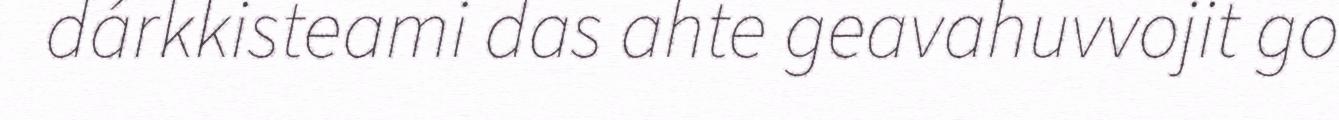
dárkkisteami das ahte geavahuvvojit go